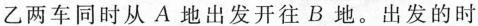
乙两车同时从A地出发开往B地。出发的时